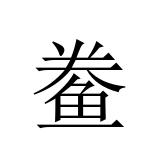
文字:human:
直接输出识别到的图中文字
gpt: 鲞